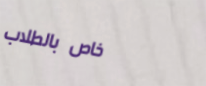
خاص بالطلاب